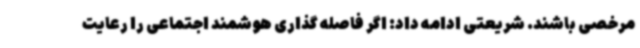
مرخصی باشند. شریعتی ادامه داد: اگر فاصله گذاری هوشمند اجتماعی را رعایت